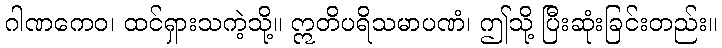
ဂါဏကေဝ၊ ထင်ရှားသကဲ့သို့။ ဣတိပရိသမာပဏံ၊ ဤသို့ ပြီးဆုံးခြင်းတည်း။